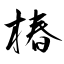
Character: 椿